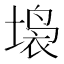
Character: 𱗥